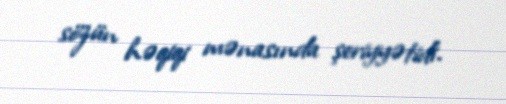
sözün həqiqi mənasında şeriyyətidi.